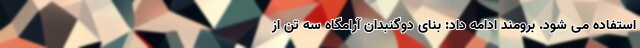
استفاده می شود. برومند ادامه داد: بنای دوگنبدان آرامگاه سه تن از